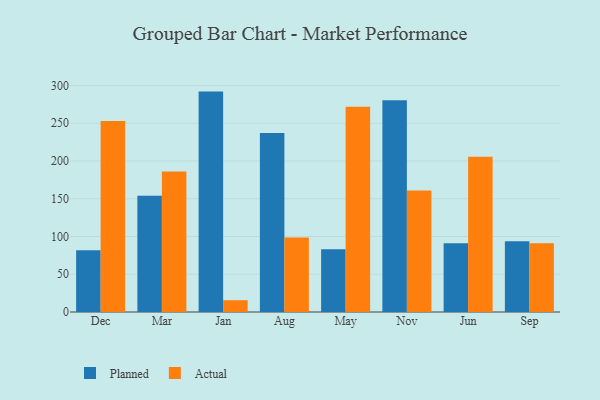
{"axis": {"x": "Month", "y": "Operating Costs (USD K)"}, "legend": ["Actual", "Planned"], "data": [{"x": "Dec", "y": 81.7, "type": "Planned"}, {"x": "Dec", "y": 253.1, "type": "Actual"}, {"x": "Mar", "y": 154.0, "type": "Planned"}, {"x": "Mar", "y": 186.0, "type": "Actual"}, {"x": "Jan", "y": 291.9, "type": "Planned"}, {"x": "Jan", "y": 15.6, "type": "Actual"}, {"x": "Aug", "y": 237.0, "type": "Planned"}, {"x": "Aug", "y": 98.8, "type": "Actual"}, {"x": "May", "y": 83.1, "type": "Planned"}, {"x": "May", "y": 271.8, "type": "Actual"}, {"x": "Nov", "y": 280.6, "type": "Planned"}, {"x": "Nov", "y": 161.0, "type": "Actual"}, {"x": "Jun", "y": 90.9, "type": "Planned"}, {"x": "Jun", "y": 205.5, "type": "Actual"}, {"x": "Sep", "y": 93.7, "type": "Planned"}, {"x": "Sep", "y": 91.0, "type": "Actual"}]}